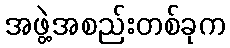
အဖွဲ့အစည်းတစ်ခုက